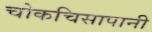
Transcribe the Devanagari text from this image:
चोकचिसापानी